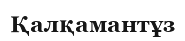
Қалқамантұз